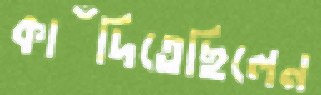
কাঁদিতেছিলেন